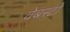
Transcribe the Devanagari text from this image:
वेबस्टो